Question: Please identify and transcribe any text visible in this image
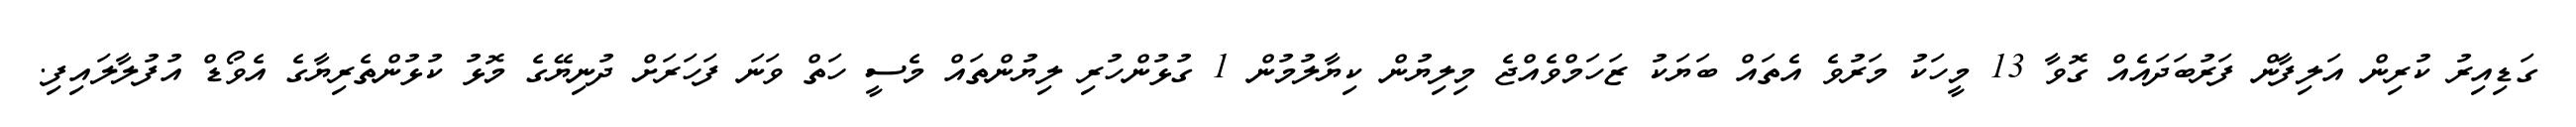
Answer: ގަޑިއިރު ކުރިން އަލިފާން ފަރުބަދައެއް ގޮވާ 13 މީހަކު މަރުވެ އެތައް ބަޔަކު ޒަހަމްވެއްޖެ މިލިޔުން ކިޔާލުމުން 1 ގުޅުންހުރި ލިޔުންތައް މެސީ ހަތް ވަނަ ފަހަރަށް ދުނިޔޭގެ މޮޅު ކުޅުންތެރިޔާގެ އެވޯޑް އުފުލާލައިފި.